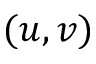
( u , v )